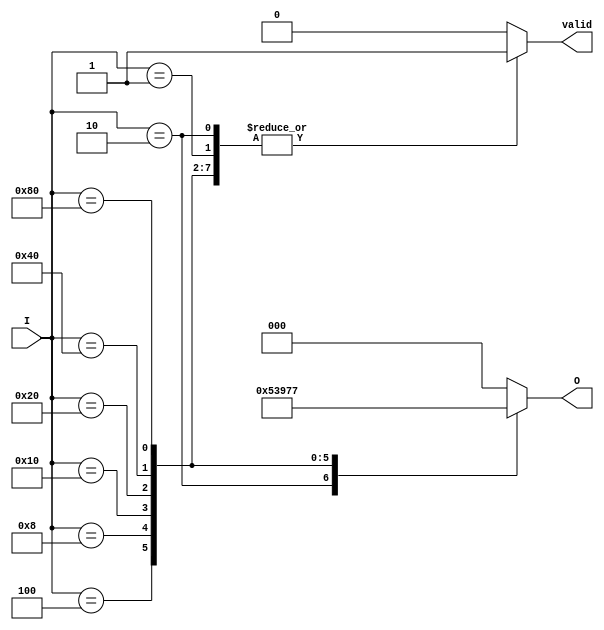
module one_of_n_encoder (
    input wire [7:0] I,      // 8 Input lines
    output reg [2:0] O,      // 3 Output lines for encoding
    output reg valid          // Indicator for valid output
);
    
    always @(*) begin
        // Default output
        O = 3'b000; // Default to 0 when no input is active
        valid = 1'b0; // Default invalid output
        
        case (I)
            8'b0000_0001: begin O = 3'b000; valid = 1'b1; end // I[0]
            8'b0000_0010: begin O = 3'b001; valid = 1'b1; end // I[1]
            8'b0000_0100: begin O = 3'b010; valid = 1'b1; end // I[2]
            8'b0000_1000: begin O = 3'b011; valid = 1'b1; end // I[3]
            8'b0001_0000: begin O = 3'b100; valid = 1'b1; end // I[4]
            8'b0010_0000: begin O = 3'b101; valid = 1'b1; end // I[5]
            8'b0100_0000: begin O = 3'b110; valid = 1'b1; end // I[6]
            8'b1000_0000: begin O = 3'b111; valid = 1'b1; end // I[7]
            default: begin O = 3'b000; valid = 1'b0; end // No valid input
        endcase
    end

endmodule